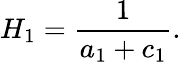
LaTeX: H_{1}=\frac{1}{a_{1}+c_{1}}.